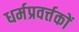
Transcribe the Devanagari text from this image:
धर्मप्रवर्त्तकों